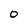
Character: 0